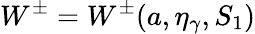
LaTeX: W^{\pm}=W^{\pm}(a,\eta_{\gamma},S_{1})